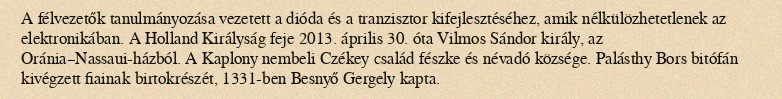
A félvezetők tanulmányozása vezetett a dióda és a tranzisztor kifejlesztéséhez, amik nélkülözhetetlenek az elektronikában. A Holland Királyság feje 2013. április 30. óta Vilmos Sándor király, az Oránia–Nassaui-házból. A Kaplony nembeli Czékey család fészke és névadó községe. Palásthy Bors bitófán kivégzett fiainak birtokrészét, 1331-ben Besnyő Gergely kapta.